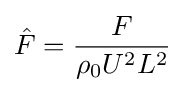
{\hat {F}}={\frac {F}{\rho _{0}U^{2}L^{2}}}